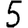
Digit: 5